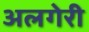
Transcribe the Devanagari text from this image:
अलगेरी